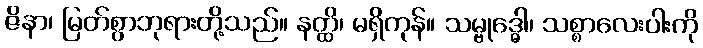
ဇိနာ၊ မြတ်စွာဘုရားတို့သည်။ နတ္ထိ၊ မရှိကုန်။ သမ္ဗုဒ္ဓေါ၊ သစ္စာလေးပါးကို